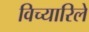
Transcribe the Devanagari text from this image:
विच्यारिले